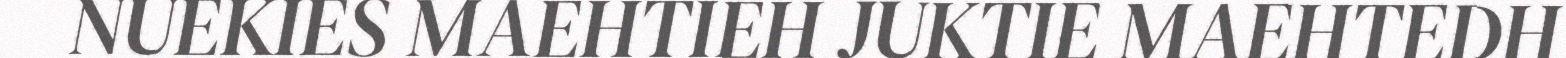
NUEKIES MAEHTIEH JUKTIE MAEHTEDH